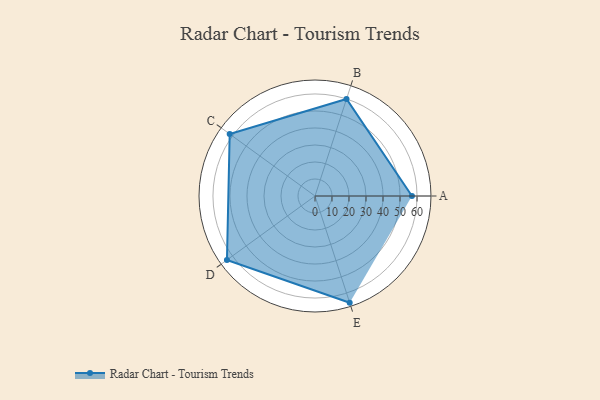
{"axis": {"x": "Skill", "y": "Score"}, "legend": ["Profile"], "data": [{"x": "A", "y": 57.0, "type": "Profile"}, {"x": "B", "y": 60.0, "type": "Profile"}, {"x": "C", "y": 62.0, "type": "Profile"}, {"x": "D", "y": 64.0, "type": "Profile"}, {"x": "E", "y": 66.0, "type": "Profile"}]}